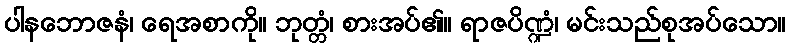
ပါနဘောဇနံ၊ ရေအစာကို။ ဘုတ္တံ၊ စားအပ်၏။ ရာဇပိဏ္ဍံ၊ မင်းသည်စုအပ်သော။